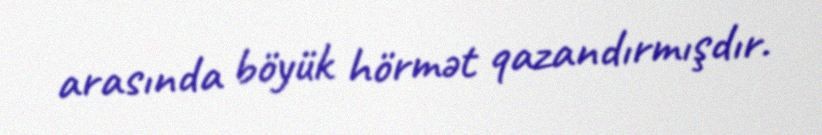
arasında böyük hörmət qazandırmışdır.